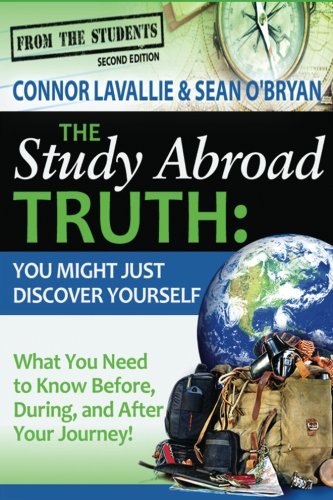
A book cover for The Study Abroad Truth: You Might Just Discover Yourself, What You Need to Know Before, During, and After Your Journey! 2nd Edition; Connor LaVallie; Travel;